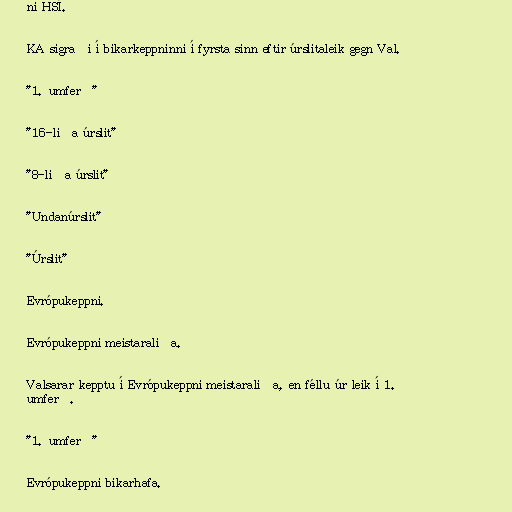
ni HSÍ.

KA sigraði í bikarkeppninni í fyrsta sinn eftir úrslitaleik gegn Val.

"1. umferð"

"16-liða úrslit"

"8-liða úrslit"

"Undanúrslit"

"Úrslit"

Evrópukeppni.

Evrópukeppni meistaraliða.

Valsarar kepptu í Evrópukeppni meistaraliða, en féllu úr leik í 1.
umferð.

"1. umferð"

Evrópukeppni bikarhafa.